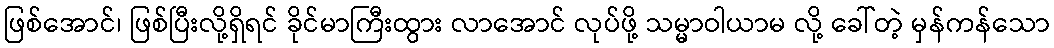
ဖြစ်အောင်၊ ဖြစ်ပြီးလို့ရှိရင် ခိုင်မာကြီးထွား လာအောင် လုပ်ဖို့ သမ္မာဝါယာမ လို့ ခေါ်တဲ့ မှန်ကန်သော